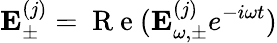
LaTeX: {\mathbf E}_{\pm}^{(j)}=\mathrm{~R~e~}({\mathbf E}_{\omega,\pm}^{(j)}e^{-i\omega t})